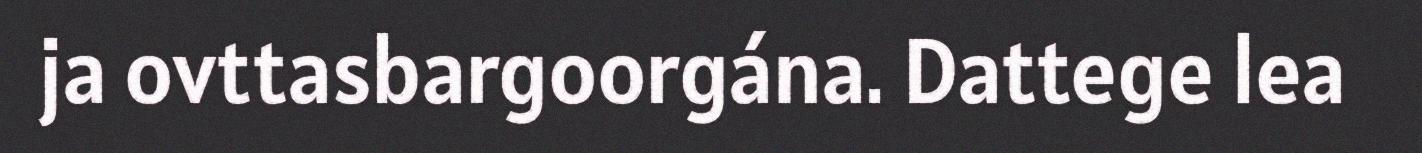
ja ovttasbargoorgána. Dattege lea